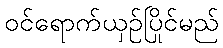
ဝင်ရောက်ယှဉ်ပြိုင်မည်